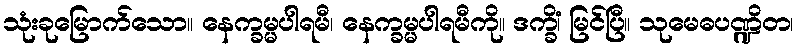
သုံးခုမြောက်သော။ နေက္ခမ္မပါရမီ၊ နေက္ခမ္မပါရမီကို။ ဒက္ခိံ၊ မြင်ပြီ။ သုမေဓပဏ္ဍိတ၊